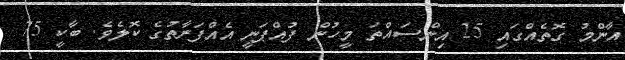
އާންމު ގޮތެއްގައި 25 އިންސައްތަ މީހުން ފުއްޕަނީ އެއްފަރާތުގެ ކޮލެވެ. ބާކީ 75